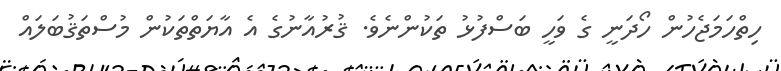
ހިތްހަމަޖެހުން ހޯދަނީ ގެ ވަހީ ބަސްފުޅު ތަކުންނެވެ. ޤުރުއާނުގެ އެ އާޔަތްތަކުން މުސްތަޤުބަލައް